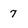
Character: 7